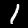
Digit: 1